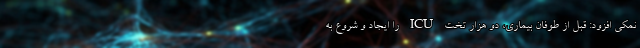
نمکی افزود: قبل از طوفان بیماری، دو هزار تخت ICU را ایجاد و شروع به